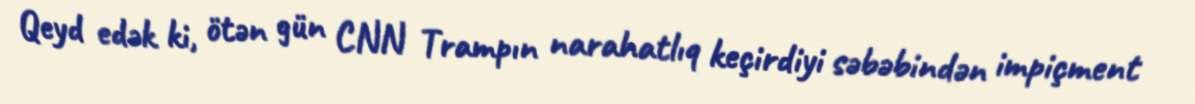
Qeyd edək ki, ötən gün CNN Trampın narahatlıq keçirdiyi səbəbindən impiçment